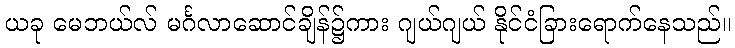
ယခု မေဘယ်လ် မင်္ဂလာဆောင်ချိန်၌ကား ဂျယ်ဂျယ် နိုင်ငံခြားရောက်နေသည်။